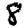
Digit: 8